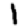
Digit: 1